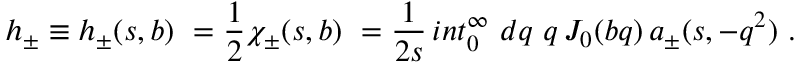
h _ { \pm } \equiv h _ { \pm } ( s , b ) \ = { \frac { 1 } { 2 } } \chi _ { \pm } ( s , b ) \ = { \frac { 1 } { 2 s } } \, i n t _ { 0 } ^ { \infty } \ d q \ q \, J _ { 0 } ( b q ) \, a _ { \pm } ( s , - q ^ { 2 } ) \ .